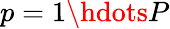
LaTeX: p=1\hdots P